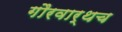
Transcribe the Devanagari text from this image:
गौरवार्थच